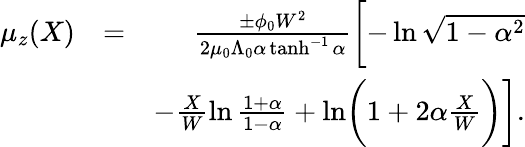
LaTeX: \begin{array}{rlr}{\mu_{z}(X)}&{=}&{\frac{\pm\phi_{0}W^{2}}{2\mu_{0}\Lambda_{0}\alpha\operatorname{tanh}^{-1}\alpha}\biggl[-\ln\sqrt{1-\alpha^{2}}}\\ &{}&{-\frac{X}{W}\ln\frac{1+\alpha}{1-\alpha}+\ln\biggl(1+2\alpha\frac{X}{W}\biggr)\biggr].}\end{array}